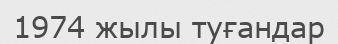
1974 жылы туғандар